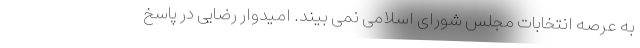
به عرصه انتخابات مجلس شورای اسلامی نمی بیند. امیدوار رضایی در پاسخ